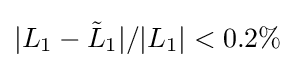
|L_{1}-{\tilde {L}}_{1}|/|L_{1}|<0.2\%